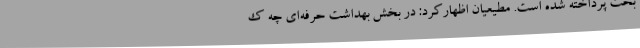
بحث پرداخته شده است. مطیعیان اظهارکرد: در بخش بهداشت حرفه‌ای چه ک